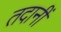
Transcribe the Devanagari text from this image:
तदानीं